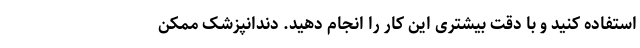
استفاده کنید و با دقت بیشتری این کار را انجام دهید. دندانپزشک ممکن